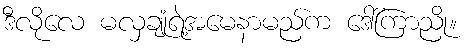
ဒီလိုလေ မလှချုံရဲ့အမေနာမည်က ဒေါ်ကြာညို။